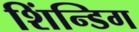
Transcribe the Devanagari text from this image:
शिंन्डिग